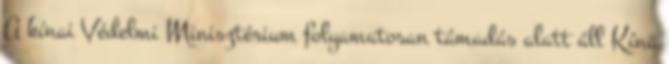
A kínai Védelmi Minisztérium folyamatosan támadás alatt áll Kína